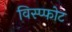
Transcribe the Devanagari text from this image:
विस्प्फोट